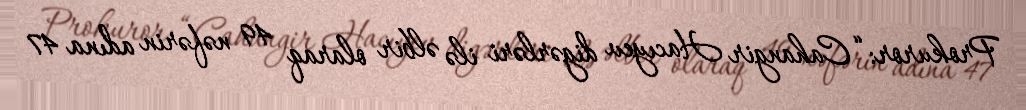
Prokuror: “Cahangir Hacıyev digərləri ilə əlbir olaraq 49 nəfərin adına 47